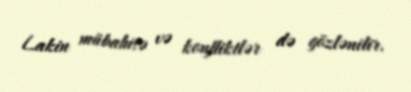
Lakin mübahisə və konfliktlər də gözlənilir.